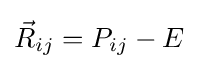
{\vec {R}}_{ij}=P_{ij}-E